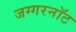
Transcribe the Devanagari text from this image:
जग्गरनॉट